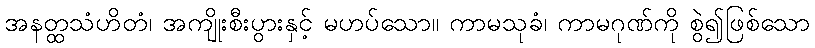
အနတ္ထသံဟိတံ၊ အကျိုးစီးပွားနှင့် မဟပ်သော။ ကာမသုခံ၊ ကာမဂုဏ်ကို စွဲ၍ဖြစ်သော